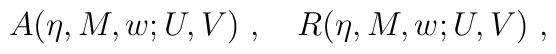
A(\eta,M,w;U,V)\ ,\quad R(\eta,M,w;U,V)\ ,